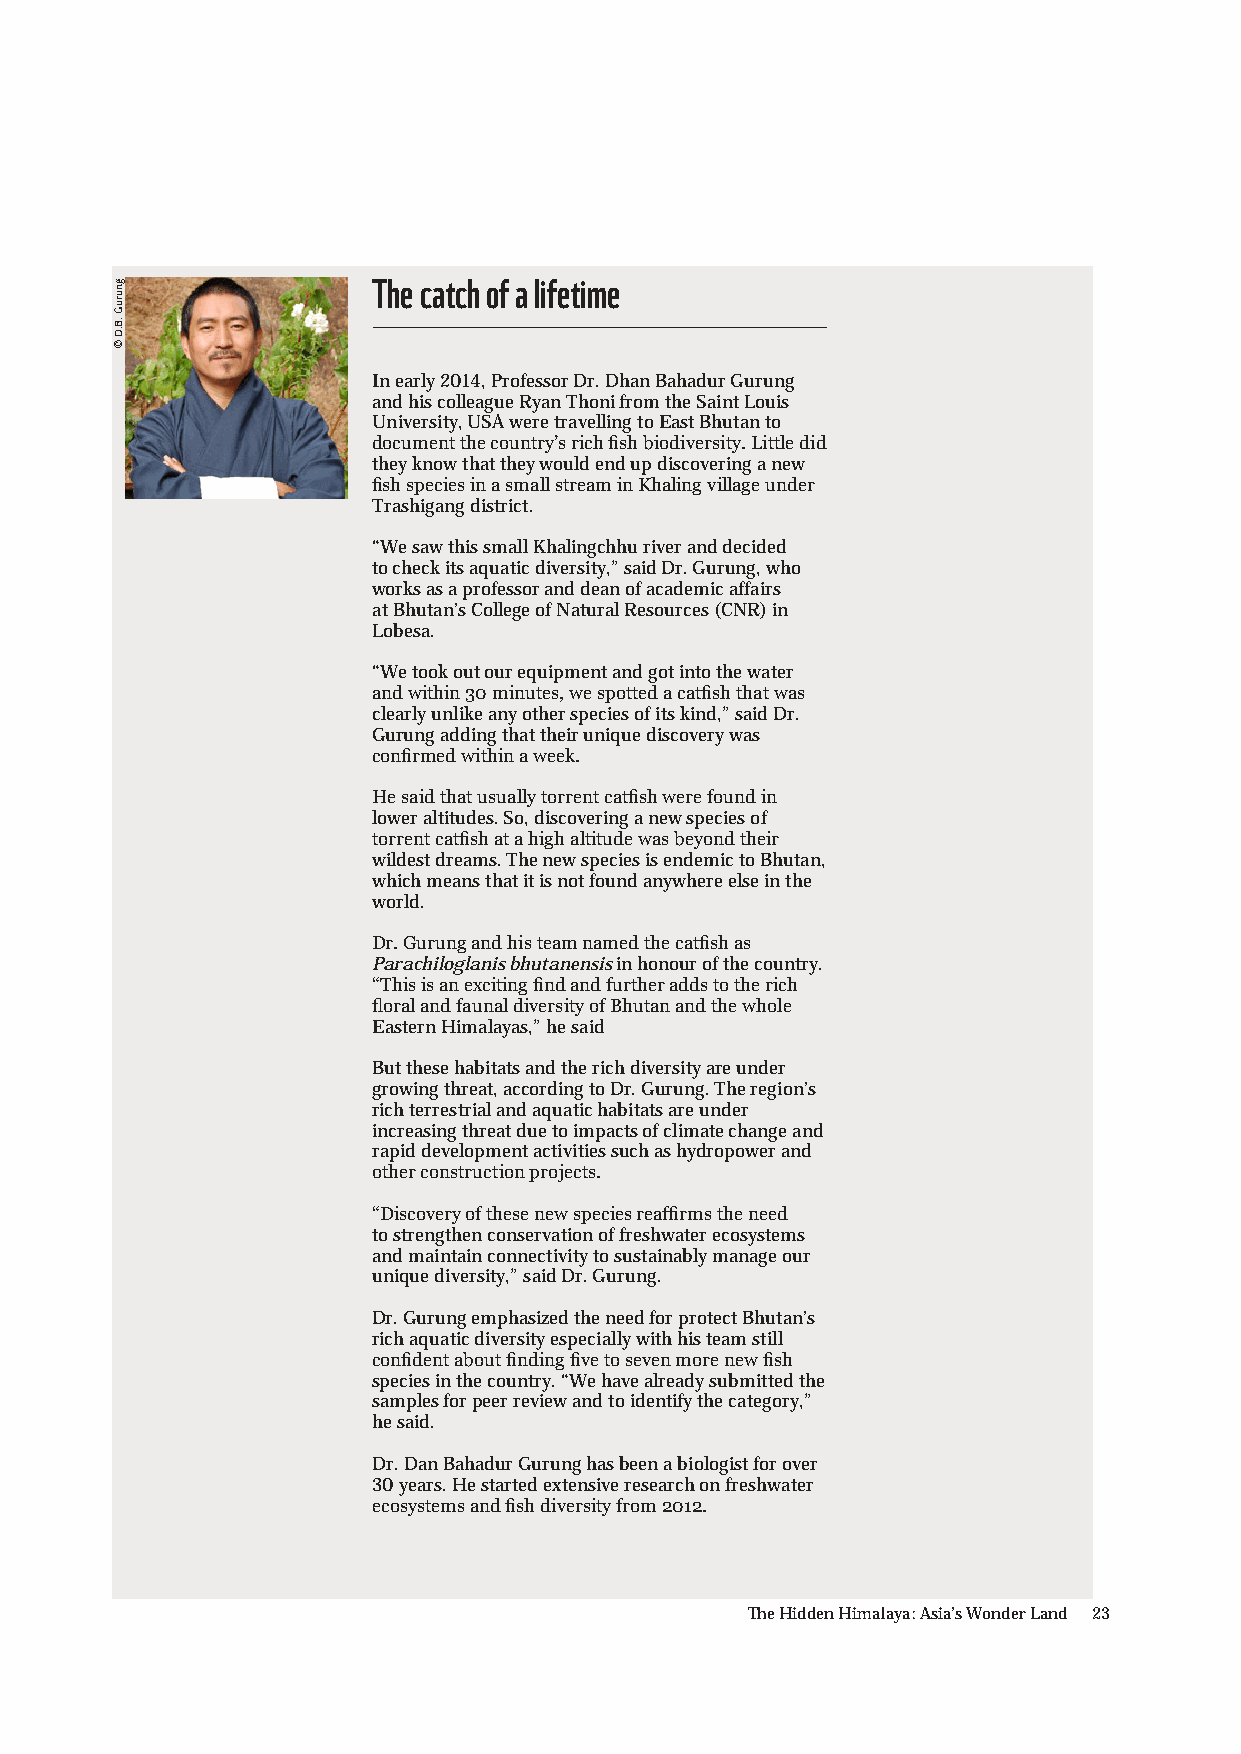
The catch of a lifetime
 In early 2014, Professor Dr. Dhan Bahadur Gurung
 and his colleague Ryan Thoni from the Saint Louis
 University, USA were travelling to East Bhutan to
 document the country’s rich fish biodiversity. Little did
 they know that they would end up discovering a new
 fish species in a small stream in Khaling village under
 Trashigang district.
 “We saw this small Khalingchhu river and decided
 to check its aquatic diversity,” said Dr. Gurung, who
 works as a professor and dean of academic affairs
 at Bhutan’s College of Natural Resources (CNR) in
 Lobesa.
 “We took out our equipment and got into the water
 and within 30 minutes, we spotted a catfish that was
 clearly unlike any other species of its kind,” said Dr.
 Gurung adding that their unique discovery was
 confirmed within a week.
 He said that usually torrent catfish were found in
 lower altitudes. So, discovering a new species of
 torrent catfish at a high altitude was beyond their
 wildest dreams. The new species is endemic to Bhutan,
 which means that it is not found anywhere else in the
 world.
 Dr. Gurung and his team named the catfish as
 Parachiloglanis bhutanensis in honour of the country.
 “This is an exciting find and further adds to the rich
 floral and faunal diversity of Bhutan and the whole
 Eastern Himalayas,” he said
 But these habitats and the rich diversity are under
 growing threat, according to Dr. Gurung. The region’s
 rich terrestrial and aquatic habitats are under
 increasing threat due to impacts of climate change and
 rapid development activities such as hydropower and
 other construction projects.
 “Discovery of these new species reaffirms the need
 to strengthen conservation of freshwater ecosystems
 and maintain connectivity to sustainably manage our
 unique diversity,” said Dr. Gurung.
 Dr. Gurung emphasized the need for protect Bhutan’s
 rich aquatic diversity especially with his team still
 confident about finding five to seven more new fish
 species in the country. “We have already submitted the
 samples for peer review and to identify the category,”
 he said.
 Dr. Dan Bahadur Gurung has been a biologist for over
 30 years. He started extensive research on freshwater
 ecosystems and fish diversity from 2012.
 The Hidden Himalaya: Asia’s Wonder Land 23
 gnuruG
 .B.D
 ©